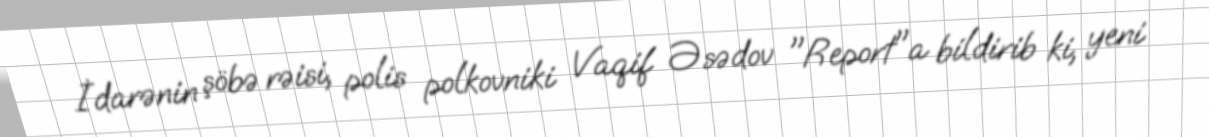
İdarənin şöbə rəisi, polis polkovniki Vaqif Əsədov "Report"a bildirib ki, yeni